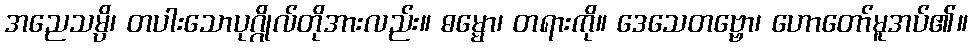
အညေသမ္ပိ၊ တပါးသောပုဂ္ဂိုလ်တိုအားလည်း။ ဓမ္မော၊ တရားကို။ ဒေသေတဗ္ဗော၊ ဟောတော်မူအပ်၏။